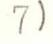
7)